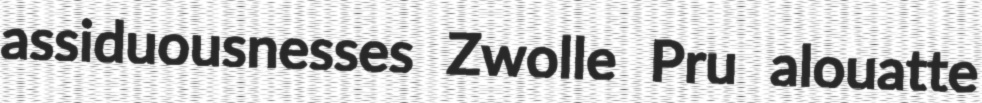
assiduousnesses Zwolle Pru alouatte